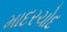
માદરચોદ